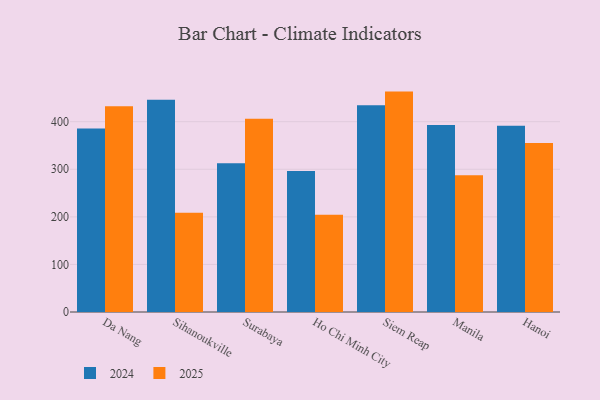
{"axis": {"x": "City", "y": "Temperature (°C)"}, "legend": ["2024", "2025"], "data": [{"x": "Da Nang", "y": 385.7, "type": "2024"}, {"x": "Da Nang", "y": 432.7, "type": "2025"}, {"x": "Sihanoukville", "y": 446.3, "type": "2024"}, {"x": "Sihanoukville", "y": 208.8, "type": "2025"}, {"x": "Surabaya", "y": 312.6, "type": "2024"}, {"x": "Surabaya", "y": 406.2, "type": "2025"}, {"x": "Ho Chi Minh City", "y": 296.2, "type": "2024"}, {"x": "Ho Chi Minh City", "y": 204.6, "type": "2025"}, {"x": "Siem Reap", "y": 434.8, "type": "2024"}, {"x": "Siem Reap", "y": 463.3, "type": "2025"}, {"x": "Manila", "y": 393.1, "type": "2024"}, {"x": "Manila", "y": 287.5, "type": "2025"}, {"x": "Hanoi", "y": 391.3, "type": "2024"}, {"x": "Hanoi", "y": 355.4, "type": "2025"}]}